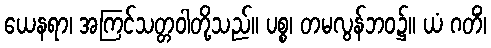
ယေနရာ၊ အကြင်သတ္တဝါတို့သည်။ ပစ္စ၊ တမလွန်ဘဝ၌။ ယံ ဂတိံ၊